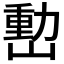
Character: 𡼉